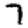
Digit: 7